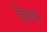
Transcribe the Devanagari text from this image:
किंबा